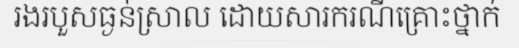
រងរបួសធ្ងន់ស្រាល ដោយសារករណីគ្រោះថ្នាក់